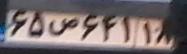
۶۵ص۶۴۱۱۸